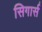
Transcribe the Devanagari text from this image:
सिगार्स